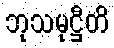
ဘုသမုဋ္ဌီတိ